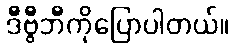
ဒီဗွီဘီကိုပြောပါတယ်။